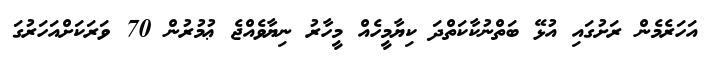
އަހަރެމެން ރަށުގައި އުޅޭ ބަތްނުކާކަތްދަ ކިޔާމީހެއް މީހާރު ނިޔާވެއްޖެ ޢުމުރުން 70 ވަރަކަށްއަހަރުގަ